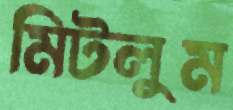
মিটলুম